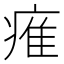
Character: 痽